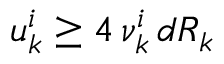
u _ { k } ^ { i } \ge 4 \, \nu _ { k } ^ { i } \, d R _ { k }